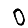
Digit: 0